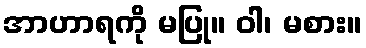
အာဟာရကို မပြု။ ဝါ၊ မစား။